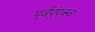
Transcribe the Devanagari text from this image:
पूर्वपुंपक्व